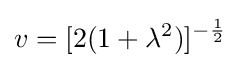
v=[2(1+\lambda ^{2})]^{-{\frac {1}{2}}}